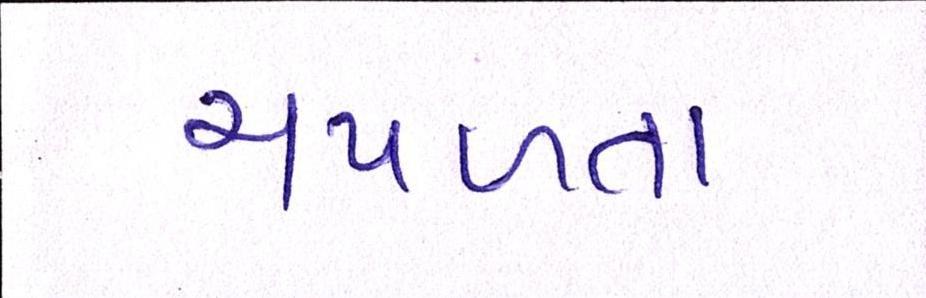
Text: ચપળતા